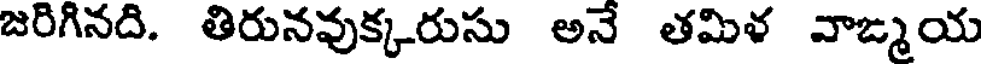
జరిగినది. తిరునవుక్కరుసు అనే తమిళ వాఙ్మయ